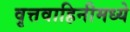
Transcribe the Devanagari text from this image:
वृत्तवाहिनीमध्ये